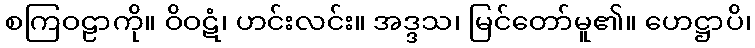
စကြဝဠာကို။ ဝိဝဋံ၊ ဟင်းလင်း။ အဒ္ဒသ၊ မြင်တော်မူ၏။ ဟေဋ္ဌာပိ၊